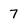
Character: 7